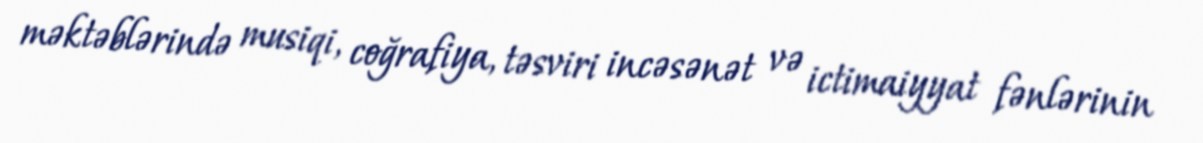
məktəblərində musiqi, coğrafiya, təsviri incəsənət və ictimaiyyat fənlərinin